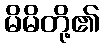
မိမိတို့၏